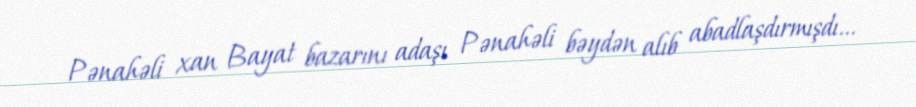
Pənahəli xan Bayat bazarını adaşı Pənahəli bəydən alıb abadlaşdırmışdı...